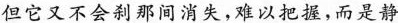
但它又不会刹那间消失，难以把握，而是静